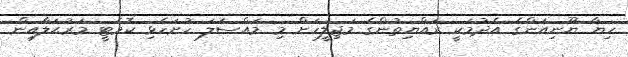
ހިޔާ ޔޫނިއަންގެ އެދުމަކީ ރައްޔިތުންގެ މަޖިލީހަށް މި މައްސަލަ ހުށަހެޅި ކޮމެޓީ މަރުޙަލާއިން